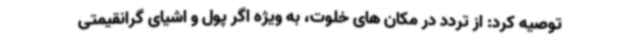
توصیه کرد: از تردد در مکان های خلوت، به ویژه اگر پول و اشیای گرانقیمتی